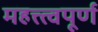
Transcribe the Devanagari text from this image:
महत्त्त्वपूर्ण